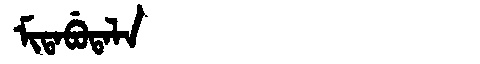
Manchu: ᠮᡳᡨᠠᠪᡠᡨᠠᠯᠠ
Romanization: MITABUTALA